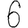
Digit: 6